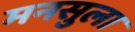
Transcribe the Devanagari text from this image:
मनसुला